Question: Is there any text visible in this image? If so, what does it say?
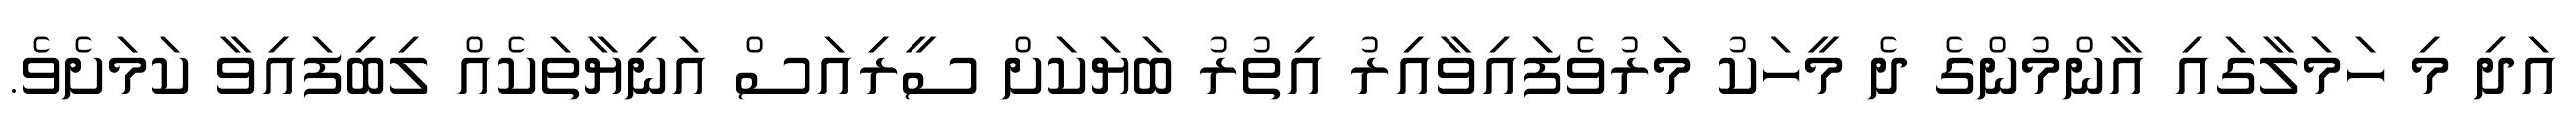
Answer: އަދި މި ހަމަލާގައި އާންމުންގެ ދެ މީހަކު މަރުވެފައިވާއިރު އިތުރު ބަޔަކަށް ސީރިއަސް އަނިޔާތަކެއް ލިބިފައިވާ ކަމަށެވެ.